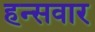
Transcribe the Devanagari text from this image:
हन्सवार